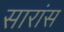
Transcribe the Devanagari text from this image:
सारांस